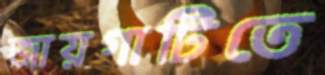
জায়গাটিতে